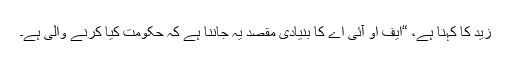
زید کا کہنا ہے، “ایف او آئی اے کا بنیادی مقصد یہ جاننا ہے کہ حکومت کیا کرنے والی ہے۔